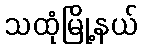
သထုံမြို့နယ်